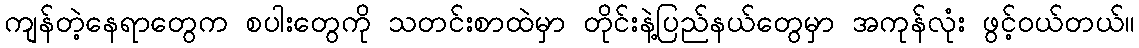
ကျန်တဲ့နေရာတွေက စပါးတွေကို သတင်းစာထဲမှာ တိုင်းနဲ့ပြည်နယ်တွေမှာ အကုန်လုံး ဖွင့်ဝယ်တယ်။